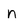
Character: n